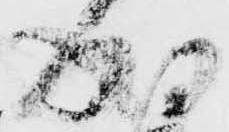
成